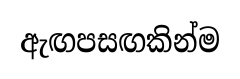
ඇඟපසඟකින්ම